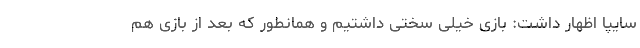
سایپا اظهار داشت: بازی خیلی سختی داشتیم و همانطور که بعد از بازی هم